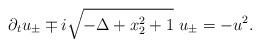
LaTeX: \begin{align*} \partial_{t}u_{\pm}\mp i\sqrt{-\Delta+x_2^2+1}~u_{\pm}=-u^2.\end{align*}